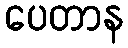
ပေတာန